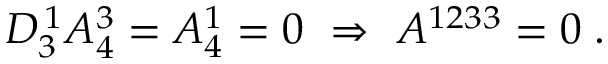
D _ { 3 } ^ { \, 1 } A _ { 4 } ^ { 3 } = A _ { 4 } ^ { 1 } = 0 \ \Rightarrow \ A ^ { 1 2 3 3 } = 0 \; .